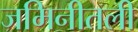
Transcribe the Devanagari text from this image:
जमिनीतली